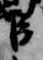
臣